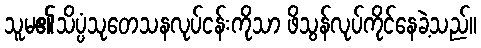
သူမ၏သိပ္ပံသုတေသနလုပ်ငန်းကိုသာ ဖိသွန်လုပ်ကိုင်နေခဲ့သည်။